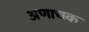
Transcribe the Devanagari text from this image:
अणाचक